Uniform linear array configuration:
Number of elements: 8
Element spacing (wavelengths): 0.75
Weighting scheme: binomial
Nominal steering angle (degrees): -15
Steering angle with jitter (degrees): -15.697
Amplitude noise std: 0.05
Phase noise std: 0.05

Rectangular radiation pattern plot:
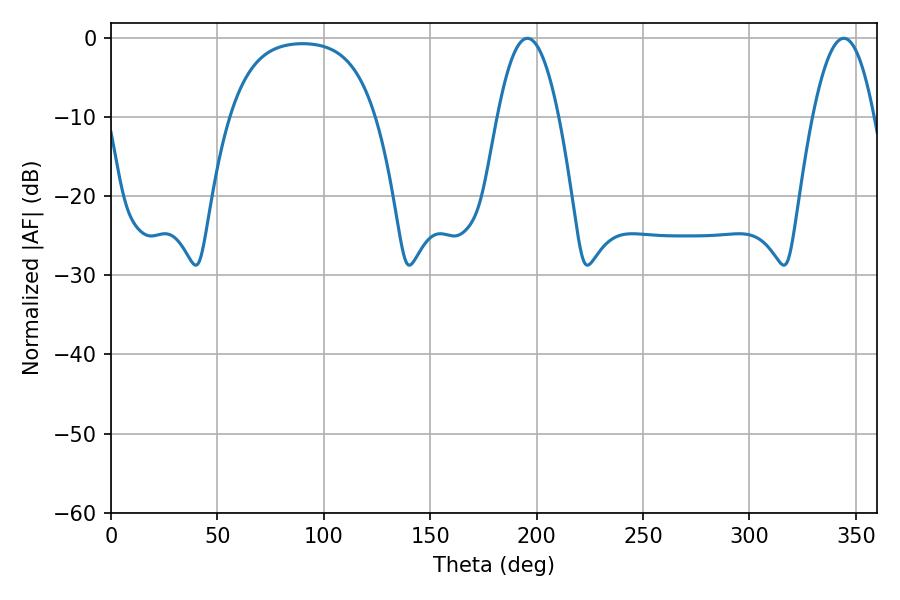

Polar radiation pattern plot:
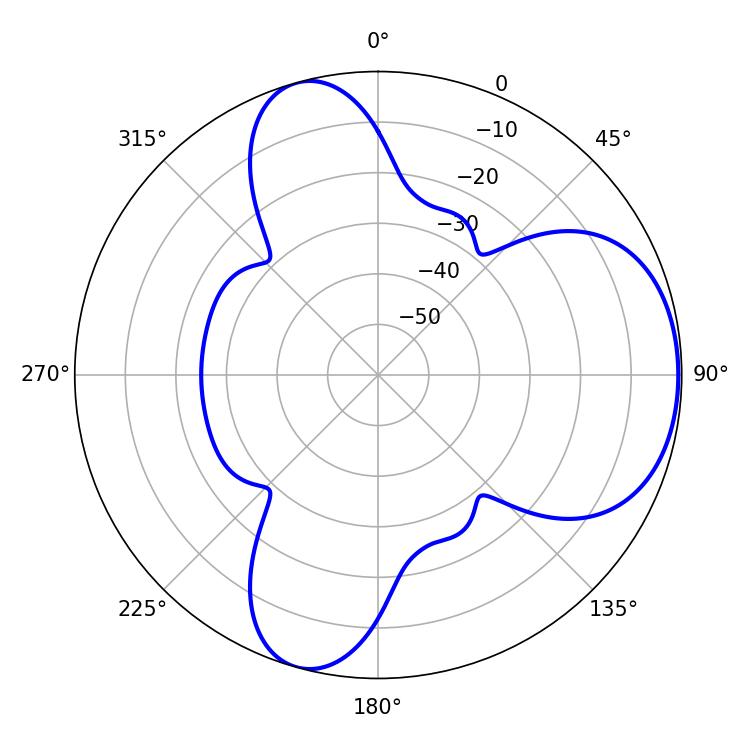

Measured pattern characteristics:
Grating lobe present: TRUE
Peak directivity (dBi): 5.98
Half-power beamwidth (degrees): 15.66
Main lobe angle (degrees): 195.66